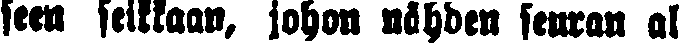
seen seikkaan, johon nähden seuran al-